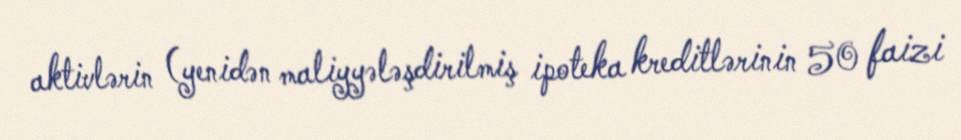
aktivlərin (yenidən maliyyələşdirilmiş ipoteka kreditlərinin 50 faizi